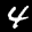
Label: 4